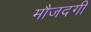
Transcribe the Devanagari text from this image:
मौजदगी